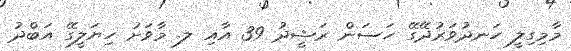
މާމިގިލީ ހަނދުވަރުދޭގޭ ހަސަން ރަޝީދު 39 އާއި ލ. މާވަށު ހިޔަލީގޭ އަބްދު